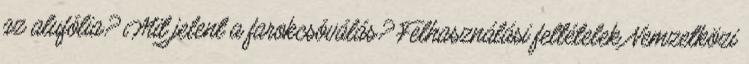
az alufólia? Mit jelent a farokcsóválás? Felhasználási feltételek Nemzetközi